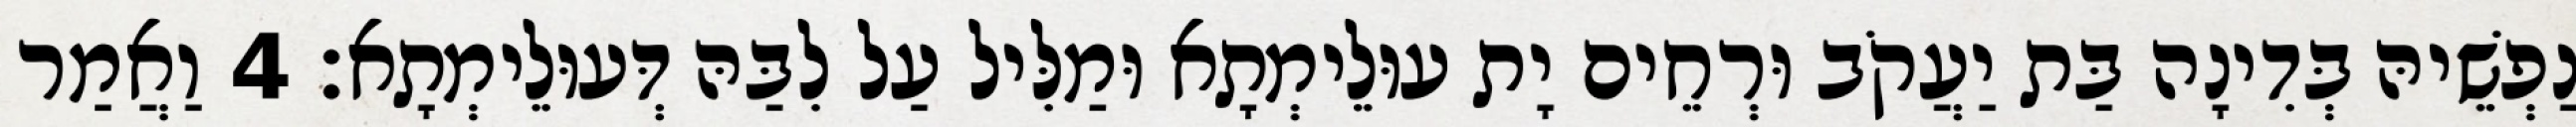
נַפְשֵׁיהּ בְּדִינָה בַּת יַעֲקֹב וּרְחֵים יָת עוּלֵימְתָא וּמַלִּיל עַל לִבַּהּ דְּעוּלֵימְתָא׃ 4 וַאֲמַר